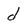
Character: d